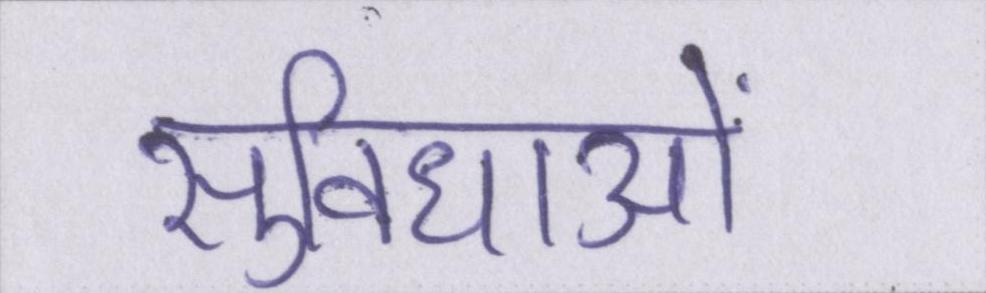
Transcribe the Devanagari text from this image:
सुविधाओं